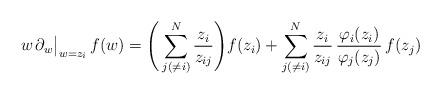
LaTeX: \begin{align*}w\,\partial_w \big|_{w = z_i} \, f(w) = \Biggl( \, \sum_{j(\neq i)}^N \frac{z_i}{z_{ij}} \Biggr) f(z_i) + \sum_{j (\neq i)}^N \frac{z_i}{z_{ij}} \, \frac{\varphi_i(z_i)}{\varphi_j(z_j)} \, f(z_j)\end{align*}